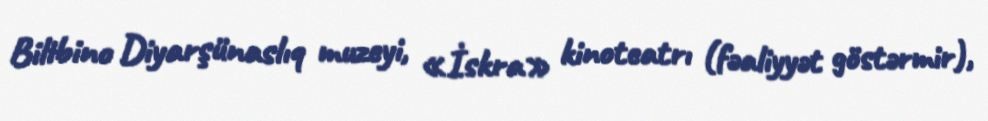
Bilibino Diyarşünaslıq muzeyi, «İskra» kinoteatrı (fəaliyyət göstərmir),